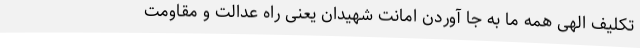
تکلیف الهی همه ما به جا آوردن امانت شهیدان یعنی راه عدالت و مقاومت